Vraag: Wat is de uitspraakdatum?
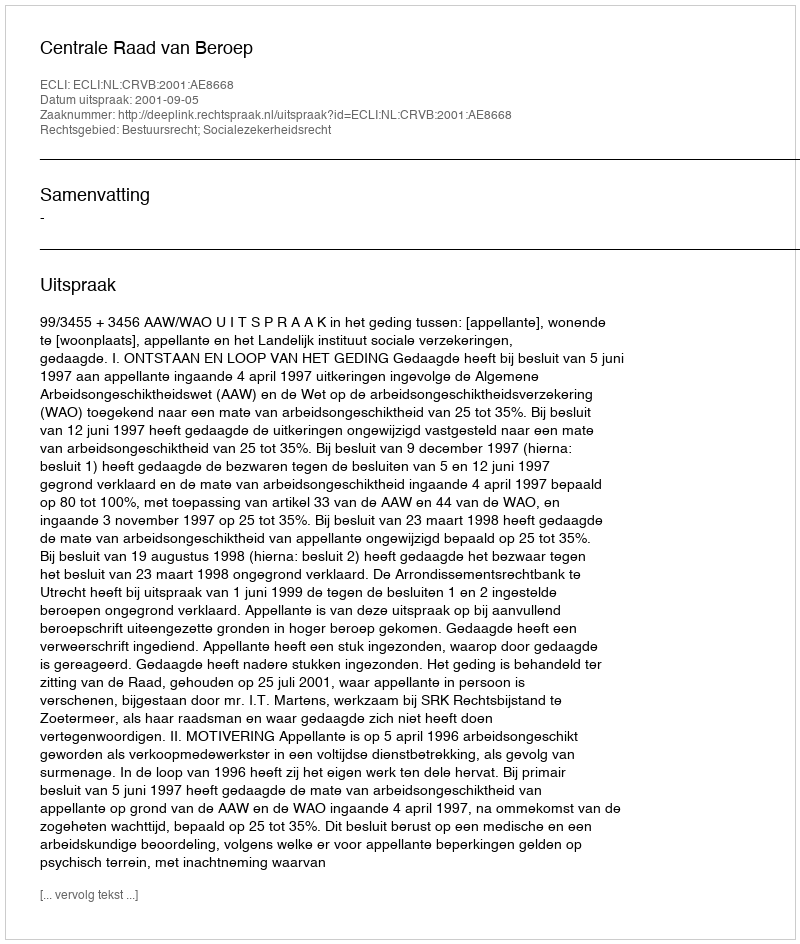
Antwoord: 2001-09-05